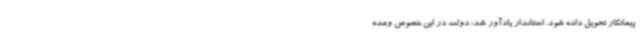
پیمانکار تحویل داده شود. استاندار یادآور شد: دولت در این خصوص وعده